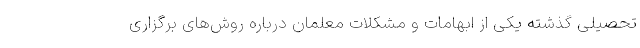
تحصیلی گذشته یکی از ابهامات و مشکلات معلمان درباره روش‌های برگزاری